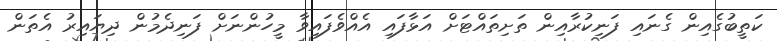
ކަތީބުގެއިން ގެނައި ފަނިކުރާއިން ތަށިތައްޓަށް އަޅާފައި އެއްވެފައިވާ މީހުންނަށް ފަނިދެމުން ދިޔައިރު އެތަން